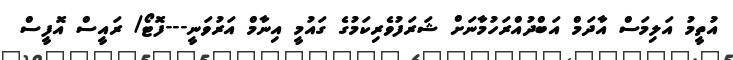
އުތީމު އަލިމަސް އާދަމް އަބްދުއްރަހުމާނަށް ޝަރަފުވެރިކަމުގެ ގައުމީ އިނާމް އަރުވަނީ---ފޮޓޯ/ ރައީސް އޮފީސް